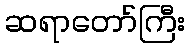
ဆရာတော်ကြီး